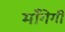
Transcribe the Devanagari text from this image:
माँगेगी